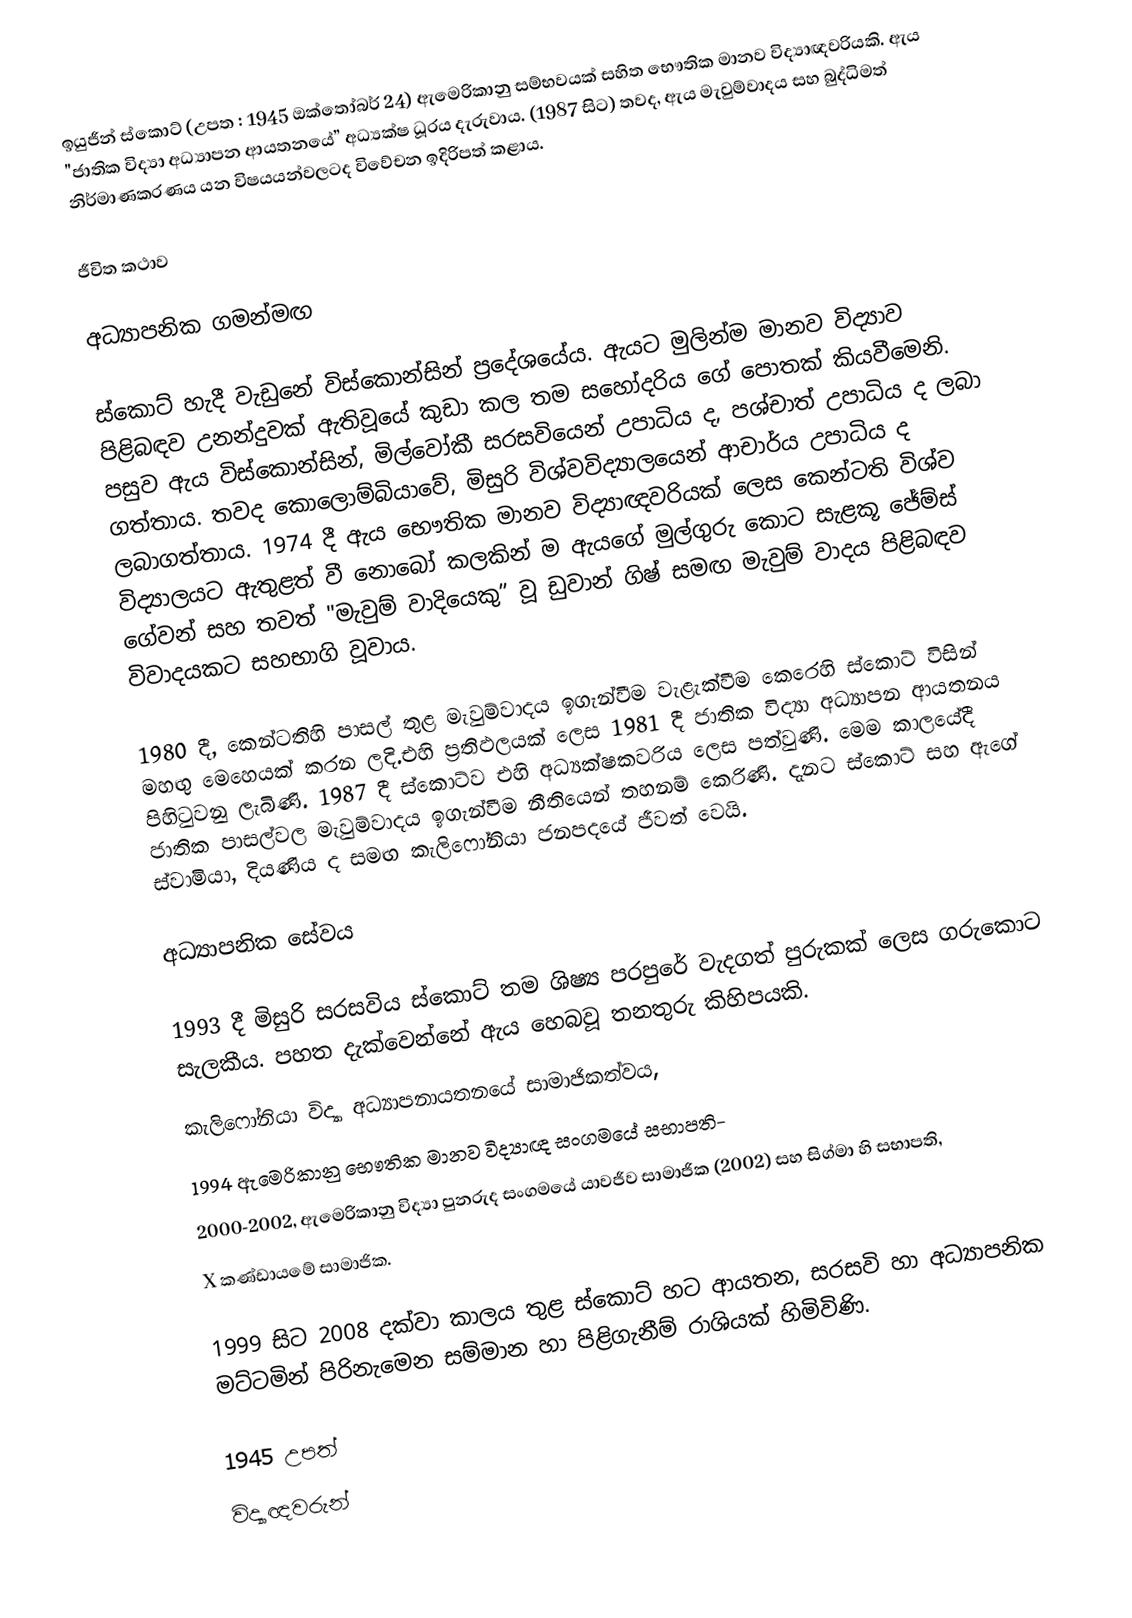
ඉයුජීන් ස්කොට් (උපත : 1945 ඔක්තෝබර් 24) ඇමෙරිකානු සම්භවයක් සහිත භෞතික මානව විද්‍යාඥවරියකි. ඇය "ජාතික විද්‍යා අධ්‍යාපන ආයතනයේ” අධ්‍යක්ෂ ධූරය දැරුවාය. (1987 සිට) තවද, ඇය මැවුම්වාදය සහ බුද්ධිමත් නිර්මාණකරණය යන විෂයයන්වලටද විවේචන ඉදිරිපත් කළාය.

ජීවිත කථාව

අධ්‍යාපනික ගමන්මඟ

ස්කොට් හැදී වැඩුනේ විස්කොන්සින් ප්‍රදේශයේය. ඇයට මුලින්ම මානව විද්‍යාව පිළිබඳව උනන්දුවක් ඇතිවූයේ කුඩා කල තම සහෝදරිය ගේ පොතක් කියවීමෙනි. පසුව ඇය විස්කොන්සින්, මිල්වෝකී සරසවියෙන් උපාධිය ද, පශ්චාත් උපාධිය ද ලබා ගත්තාය. තවද කොලොම්බියාවේ, මිසුරි විශ්වවිද්‍යාලයෙන් ආචාර්ය උපාධිය ද ලබාගත්තාය. 1974 දී ඇය භෞතික මානව විද්‍යාඥවරියක් ලෙස කෙන්ටති විශ්ව විද්‍යාලයට ඇතුළත් වී නොබෝ කලකින් ම ඇයගේ මුල්ගුරු කොට සැළකූ ජේම්ස් ගේවන් සහ තවත් "මැවුම් වාදියෙකු” වූ ඩුවාන් ගිෂ් සමඟ මැවුම් වාදය පිළිබඳව විවාදයකට සහභාගි වූවාය.

1980 දී, කෙන්ටතිහි පාසල් තුළ මැවුම්වාදය ඉගැන්වීම වැළැක්වීම කෙරෙහි ස්කොට් විසින් මහඟු මෙහෙයක් කරන ලදි.එහි ප්‍රතිඵලයක් ලෙස 1981 දී ජාතික විද්‍යා අධ්‍යාපන ආයතනය පිහිටුවනු ලැබිණි. 1987 දී ස්කොට්ව එහි අධ්‍යක්ෂකවරිය ලෙස පත්වුණි. මෙම කාලයේදී ජාතික පාසල්වල මැවුම්වාදය ඉගැන්වීම නීතියෙන් තහනම් කෙරිණි. දැනට ස්කොට් සහ ඇගේ ස්වාමියා, දියණිය ද සමඟ කැලිෆෝනියා ජනපදයේ ජීවත් වෙයි.

අධ්‍යාපනික සේවය

1993 දී මිසුරි සරසවිය ස්කොට් තම ශිෂ්‍ය පරපුරේ වැදගත් පුරුකක් ලෙස ගරුකොට සැලකීය. පහත දැක්වෙන්නේ ඇය හෙබවූ තනතුරු කිහිපයකි.
කැලිෆෝනියා විද්‍යා අධ්‍යාපනායතනයේ සාමාජිකත්වය,
1994 ඇමෙරිකානු භෞතික මානව විද්‍යාඥ සංගමයේ සභාපති-
2000-2002, ඇමෙරිකානු විද්‍යා පුනරුද සංගමයේ යාවජීව සාමාජික (2002) සහ සිග්මා හි සභාපති,
X කණ්ඩායමේ සාමාජික.

1999 සිට 2008 දක්වා කාලය තුළ ස්කොට් හට ආයතන, සරසවි හා අධ්‍යාපනික මට්ටමින් පිරිනැමෙන සම්මාන හා පිළිගැනීම් රාශියක් හිමිවිණි.

1945 උපත්
විද්‍යාඥවරුන්